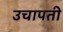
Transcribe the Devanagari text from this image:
उचापती